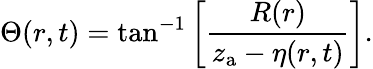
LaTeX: \Theta(r,t)=\tan^{-1}\left[\frac{R(r)}{z_{\mathrm{a}}-\eta(r,t)}\right].